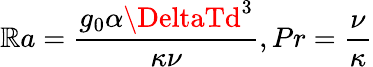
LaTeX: \mathbb{R}a=\frac{{g_{0}\alpha\DeltaTd^{3}}}{{\kappa\nu}},Pr=\frac{{\nu}}{{\kappa}}